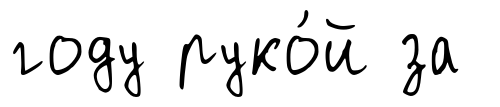
году руко́й за